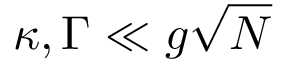
\kappa , \Gamma \ll g \sqrt { N }